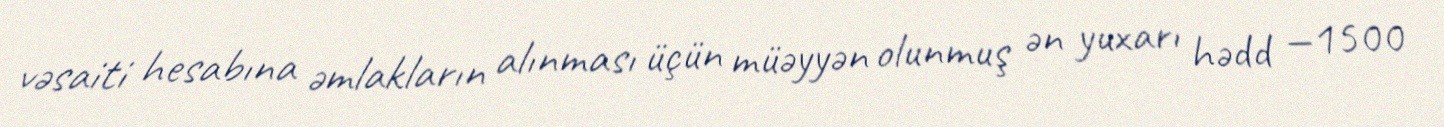
vəsaiti hesabına əmlakların alınması üçün müəyyən olunmuş ən yuxarı hədd —1500